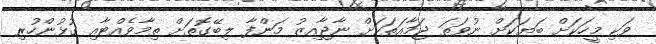
ވަކި މީހަކަށް ބަޔަކަށް ނުވަތަ ޖަމާއަތަކަށް ނާޖާއިޒު މަންފާ ލިބޭގޮތަށް ތިމާވެއްޓާއި ގުޅުންހުރި